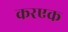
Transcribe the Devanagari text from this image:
करएक